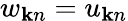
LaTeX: w_{{\mathbf k}n}=u_{{\mathbf k}n}